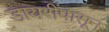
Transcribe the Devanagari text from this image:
डायरींपासून